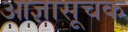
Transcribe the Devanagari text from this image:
आज्ञासूचक